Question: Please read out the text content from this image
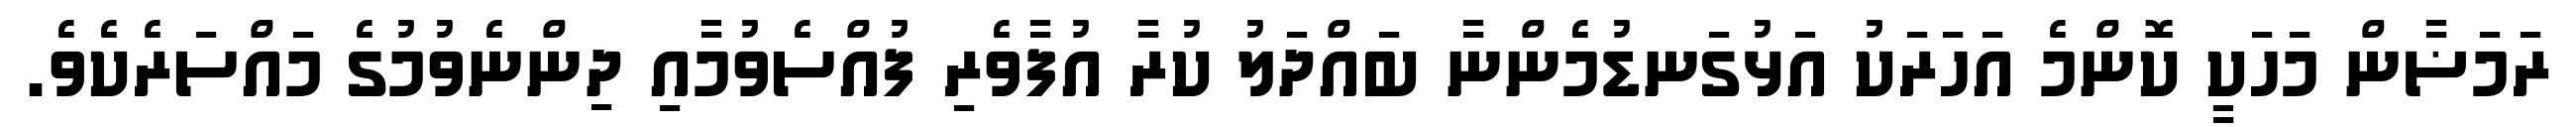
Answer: ރަމަޟާން މަހަކީ ކޮންމެ އަހަރަކު އަޅުގަނޑުމެންނާ ބައްދަލު ކުރާ އުފާވެރި ފުއްސެވުމާއި ދިންނެވުމުގެ މައްސަރެކެވެ.